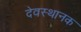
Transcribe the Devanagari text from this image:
देवस्थानक